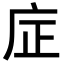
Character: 𪪎